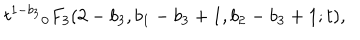
{ t ^ { 1 - b _ { 3 } } } _ { 0 } F _ { 3 } ( 2 - b _ { 3 } , b _ { 1 } - b _ { 3 } + 1 , b _ { 2 } - b _ { 3 } + 1 ; t ) ,